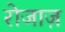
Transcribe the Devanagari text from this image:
रोजाज़